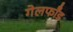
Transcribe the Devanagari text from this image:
गेलफॉँड